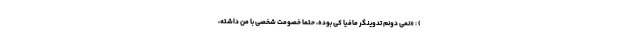
) : «نمی دونم تدوینگر مافیا کی بوده، حتما خصومت شخصی با من داشته،